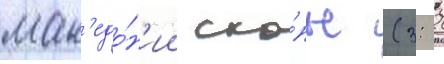
мак'едо́н'ии ско́пье (3: 2